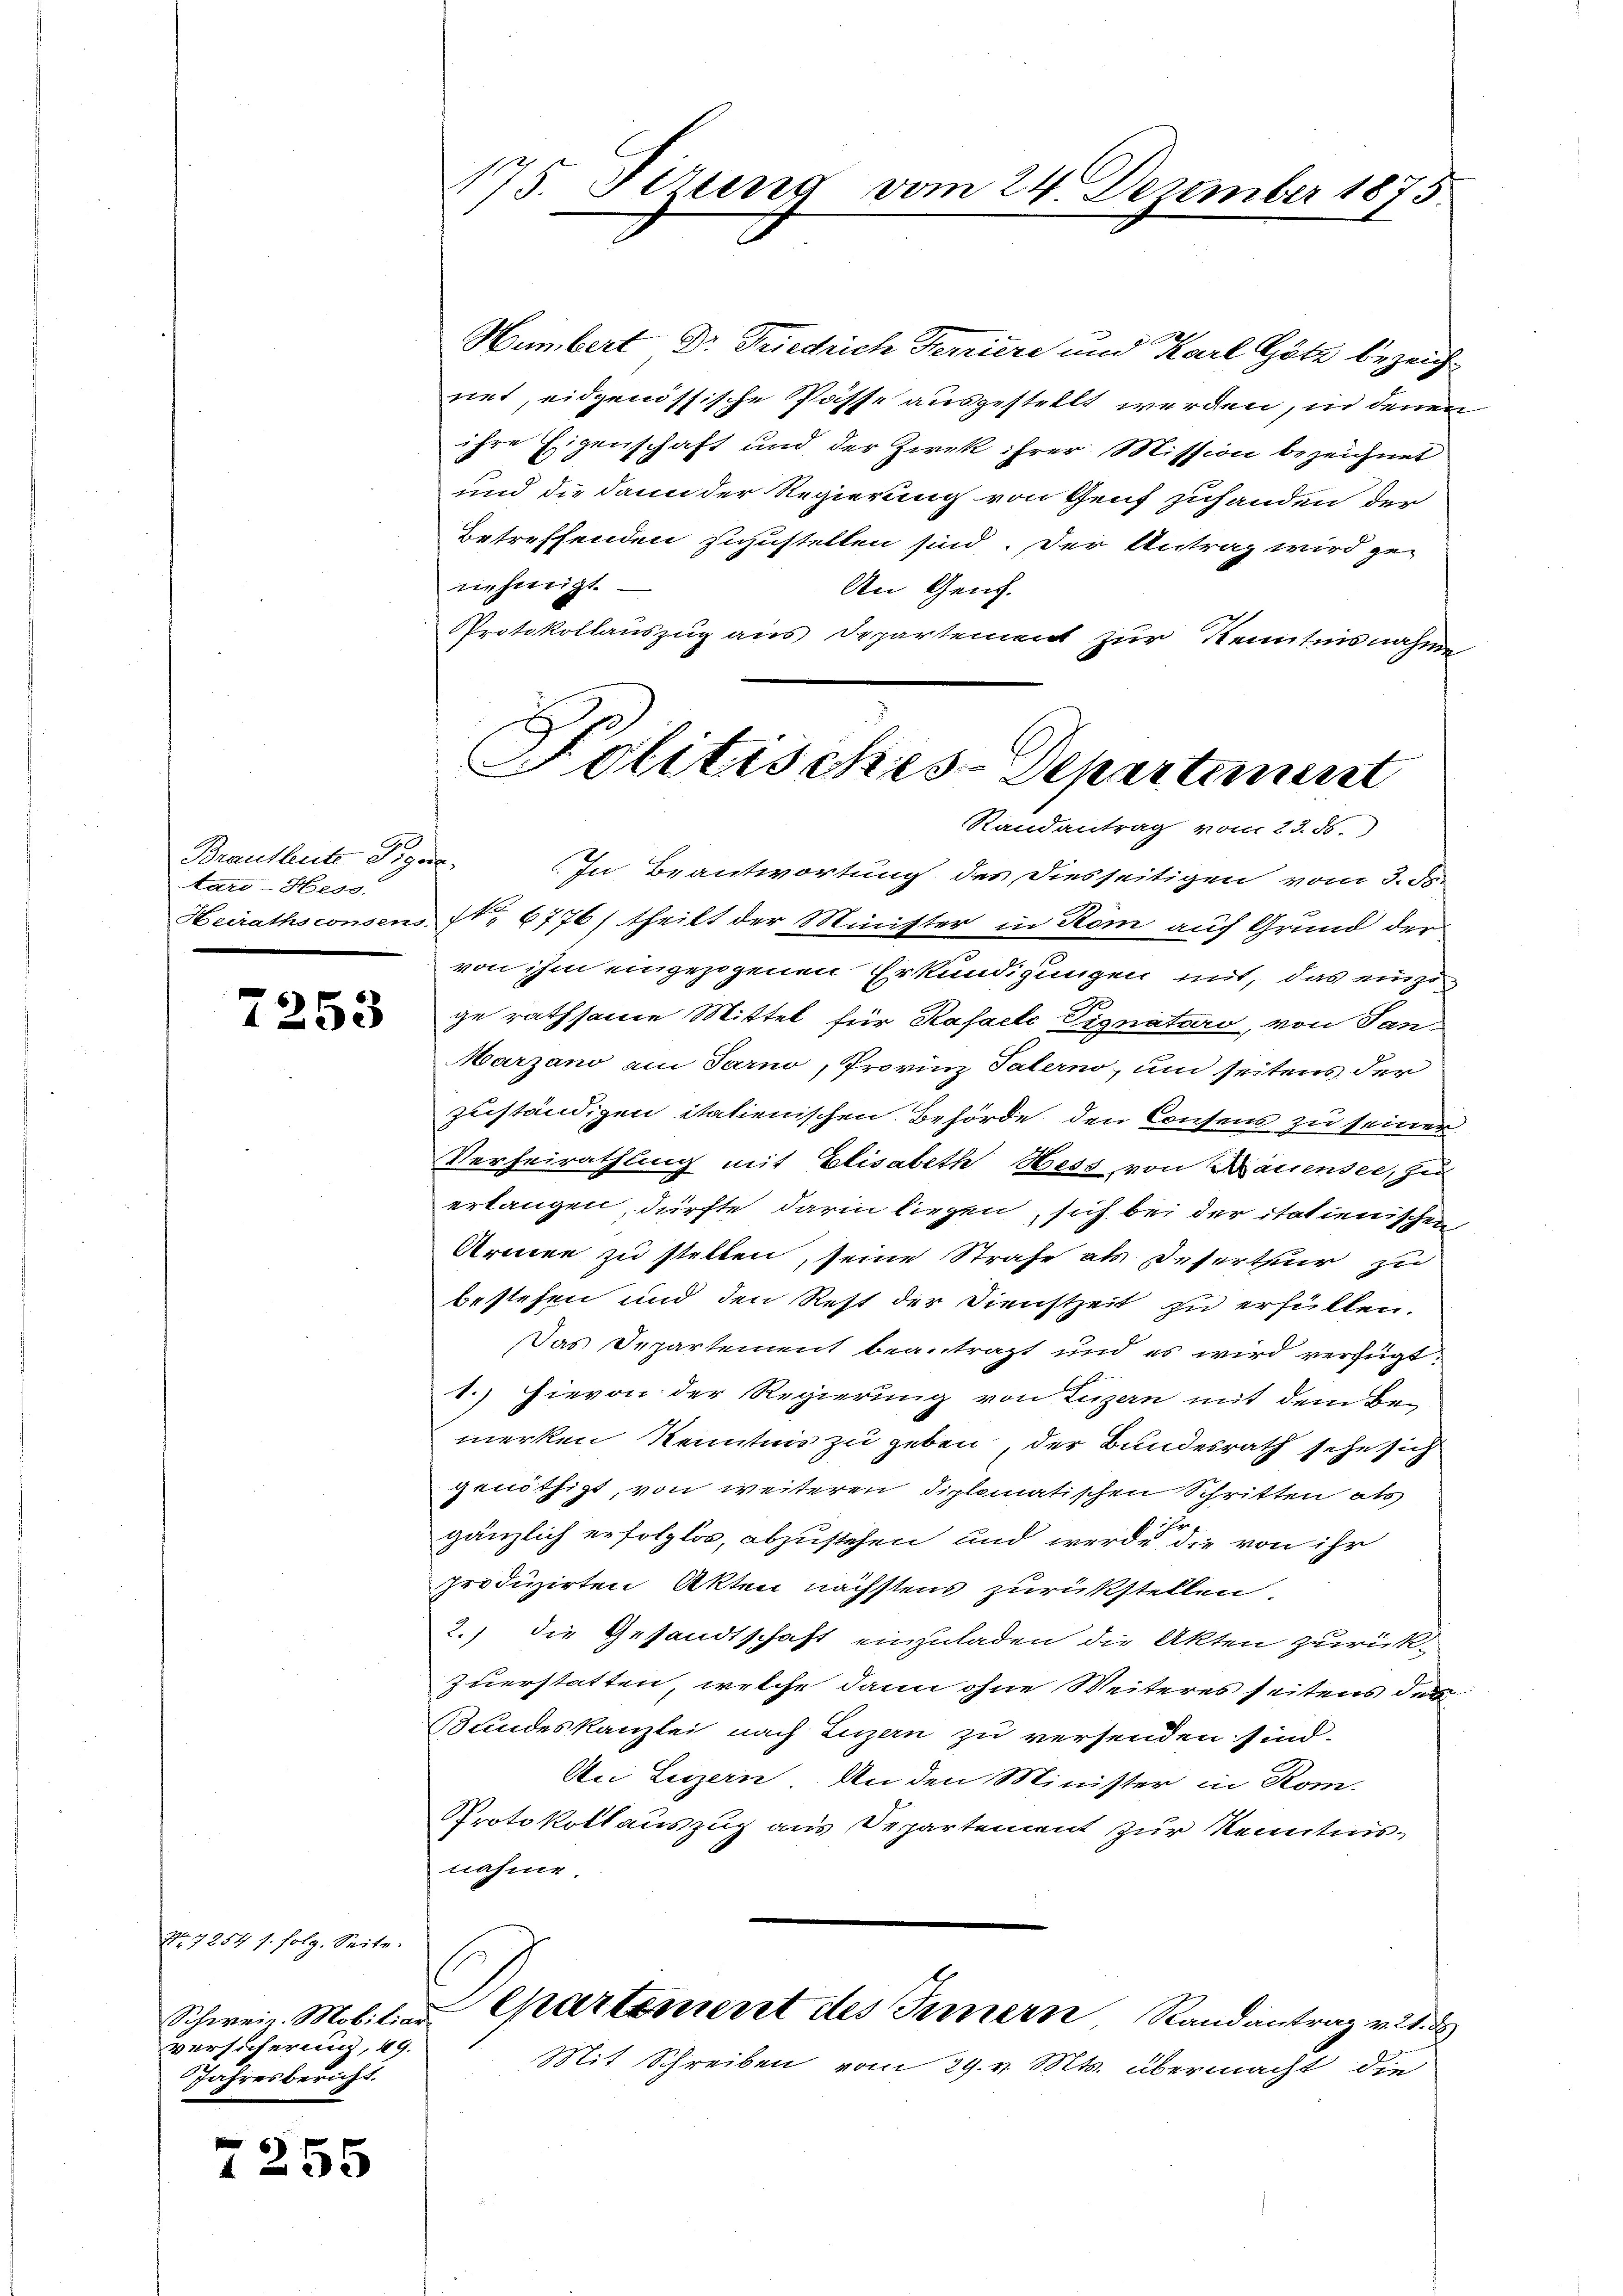
Brautleute Gegen
tard-Hess.
Heirathsconsens.

7253

No 7254 s. folg. Seite.
Schweiz. Mobiliar
versicherung, 49.
Jahresbericht.

7255

175. Seitend vom 24. Dezember 1875

Humbert Dr Friedrich Feriere und Karl Götz bezeicht
net, eidgenössische Pässe ausgestellt werden, in denen
ihre Eigenschaft und der Zwek ihrer Mission bezeichnet
und die dann der Regierung von Genf zuhanden der
Betreffenden zuzustellen sind. Der Antrag wird ge-
nehmigt.
An Genf.
Protokollauszug aus Departement zur Kenntnisnahme

Politisches-Departament
Randantrag vom 23. ds.

fr.
In Beantwortung des Diesseitigen vom 3. ds.
No 6776/ theilt der Minister in Rom auf Grund der
von ihm eingezogenen Erkundigungen mit, das einzuge rathsame Mittel für Kasalle Vignaturo, von Tan¬
Marzano am Tarno, Provinz Talerno, um seitens der
zuständigen italienischen Behörde den Consens zu seiner
Verheirathung mit Elisabeth Hess von Bauensee, zu
erlangen, dürfte darin liegen, sich bei der italienischen
Armen zu stellen, seine Strafe als Deserthur zu
bestehen und den Rest der Dienstzeit zu erfüllen.
Das Departement beantragt und es wird verfügt:
1.) Hievon der Regierung von Luzern mit dem Be-
merken Kenntnis zu geben, der Bundesrath sehe sich
genöthigt, von weiteren diplomatischen Schritten als
1
gänzlich erfolglos, abzustehen und werde, die von ihr
produzirten Akten nächstens zurückstellen
2.) die Gesandtschaft einzuladen die Akten zurück
zuerstatten, welche dann ohne Weiteres seitens der
Bundeskanzlei nach Luzern zu versenden sind.
An Luzern. An den Minister in Rom.
Protokollauszug aus Departement zur Kenntnisnahme.
Separtement des Innern Randantrag v. 21. d
Mit Schreiben vom 29. v. Mts. übermacht, die